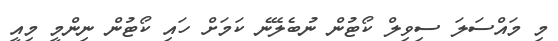
މި މައްސަލަ ސިވިލް ކޯޓުން ނުބެލޭނެ ކަމަށް ހައި ކޯޓުން ނިންމީ މިއީ